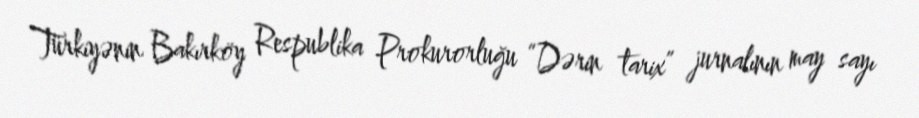
Türkiyənin Bakırköy Respublika Prokurorluğu “Dərin tarix” jurnalının may sayı